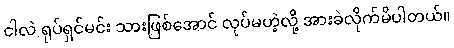
ငါလဲ ရုပ်ရှင်မင်း သားဖြစ်အောင် လုပ်မဟဲ့လို့ အားခဲလိုက်မိပါတယ်။